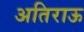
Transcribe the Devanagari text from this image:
अतिराऊ